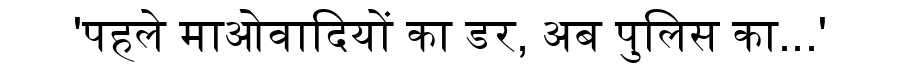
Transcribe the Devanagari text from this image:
'पहले माओवादियों का डर, अब पुलिस का...'